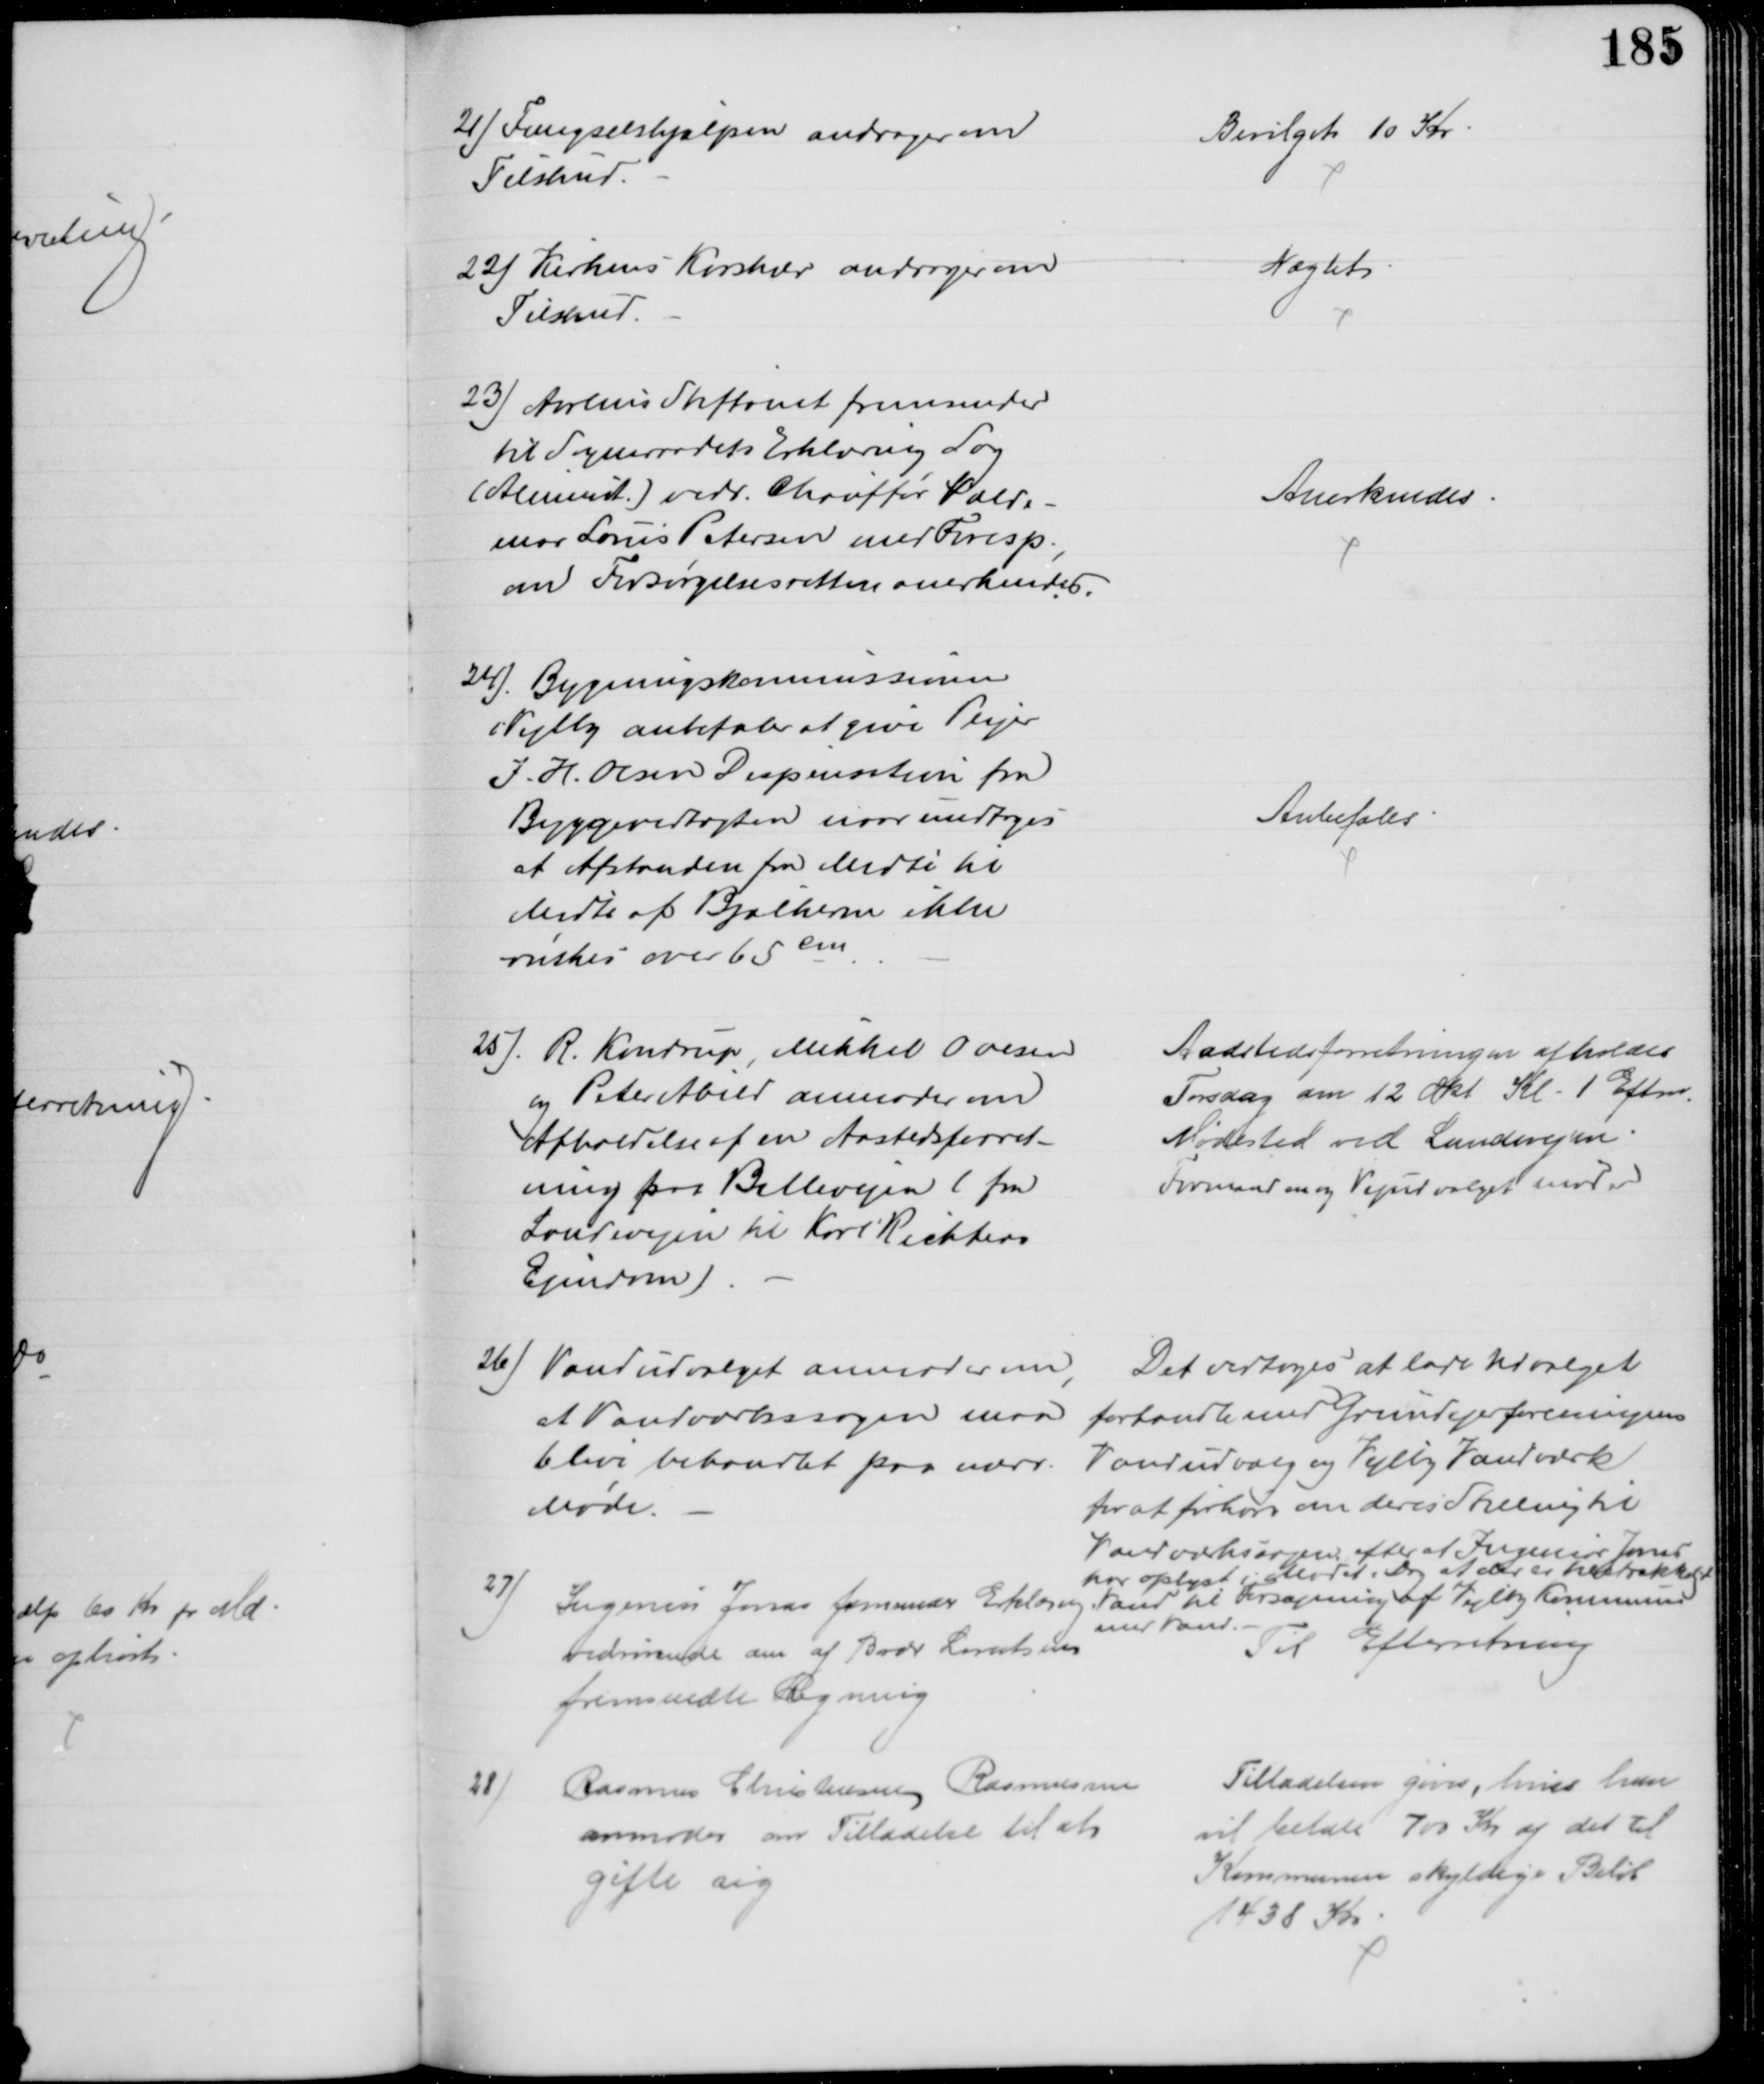
Transskription:
21) Fængselshjælpen andrager om
Tilskud
Bevilget 10 Kr
22) Kirkens Korshær andrager om
Tilskud
Nægtet
23) Aarhus Stiftamt fremsender
til Sogneraadets Erklæring Sag
(Aliment.) vedr. Chauffør Valde-
mar Louis Petersen med Foresp.,
om Forsørgelsesretten anerkendes.
Anerkendes
24). Bygningskommissionen
i Vejlby anbefaler at give Plejer
J. H. Olsen Dispensation fra
Byggevedtægten naar undtages
at Afstanden fra Midte til 
Midte af Bjælkerne ikke
ønskes over 65 cm
Anbefales
25). R. Kondrup, Mikkel Ovesen
og Peter Abild anmoder om
Afholdelse af en Aastedsforret-
ning paa Ballevejen ( fra
Landevejen til Karl Richters
Ejendom)
Aadstedsforretningen afholdes
Torsdag den 12 Okt Kl. 1 Eftm.
Mødested ved Landevejen
Formanden og Vejudvalget møder
26) Vandudvalget anmoder om,
at Vandværkssagen maa
blive behandlet paa nærv.
Møde.
Det vedtoges at lade Udvalget
forhandle med Grundejerforeningens
Vandudvalg og Vejlby Vandværk
for at forhøre om deres Stilling til
Vandværkssagen efter at Ingeniør Jarner
har oplyst i Mødet i Dag at der er tilstrækkeligt
Vand til Forsyning af Vejlby Kommune
med Vand.
27)
Ingeniør Jarner fremsender Erklæring
vedrørende den af Brdr Lorentsens 
fremsendte Regning
Til Efterretning
28)
Rasmus Christensen Rasmussen
anmoder om Tilladelse til at 
gifte sig
Tilladelsen gives, hvis han
vil betale 700 Kr af det til
Kommunen skyldige Beløb
1438 Kr